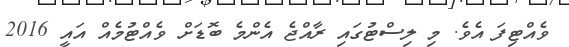
ވެއްޓިފަ އެވެ. މި ލިސްޓުގައި ރާއްޖެ އެންމެ ބޮޑަށް ވެއްޓުމެއް އައީ 2016